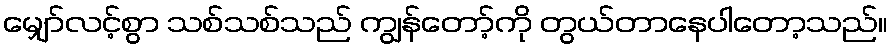
မျှော်လင့်စွာ သစ်သစ်သည် ကျွန်တော့်ကို တွယ်တာနေပါတော့သည်။